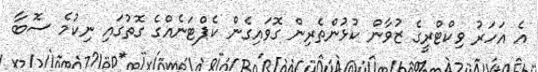
އެ އަހަރު ވިކްޓްރީގެ ޒުވާން ކުޅުންތެރިން ގޮވައިގެން ކެޕްޓަނެއްގެ ގޮތުގައި ނިކުމެ ސޮބާ